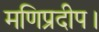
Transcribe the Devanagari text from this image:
मणिप्रदीप।